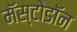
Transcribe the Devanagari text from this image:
मॅस्टोडॉन